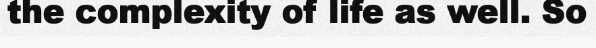
the complexity of life as well. So